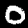
Digit: 0